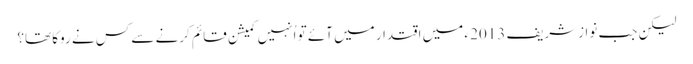
لیکن جب نوازشریف 2013 ء میں اقتدار میں آئے تو اُنہیں کمیشن قائم کرنے سے کس نے روکا تھا؟